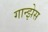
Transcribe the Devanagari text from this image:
गान्झेस